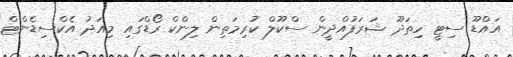
އައްޑޫ ސިޓީ ހިތަދޫ ޝަރަފުއްދީން ސްކޫލް ކުރިމަތިން ލިންކް ރޯޑްގައި މިއަދު އެކްސިޑެންޓް